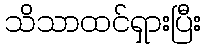
သိသာထင်ရှားပြီး